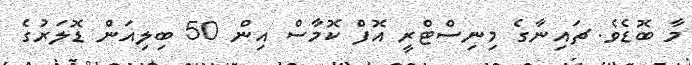
މާ ބޮޑެވެ. ޗައިނާގެ މިނިސްޓްރީ އޮފް ކޮމާސް އިން 50 ބިލިއަން ޑޮލަރުގެ